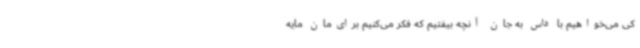
کی می‌خواهیم با داس به جان آنچه بیفتیم که فکر می‌کنیم برای‌مان مایه